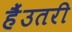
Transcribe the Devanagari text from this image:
हैंउतरी